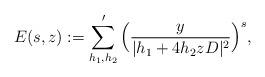
LaTeX: \begin{align*}E(s,z):=\sum_{h_1,h_2}^{\prime} \Big(\frac{y}{|h_1+4h_2zD|^2}\Big)^{s}, \end{align*}